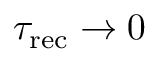
\tau _ { \mathrm { r e c } } \rightarrow 0